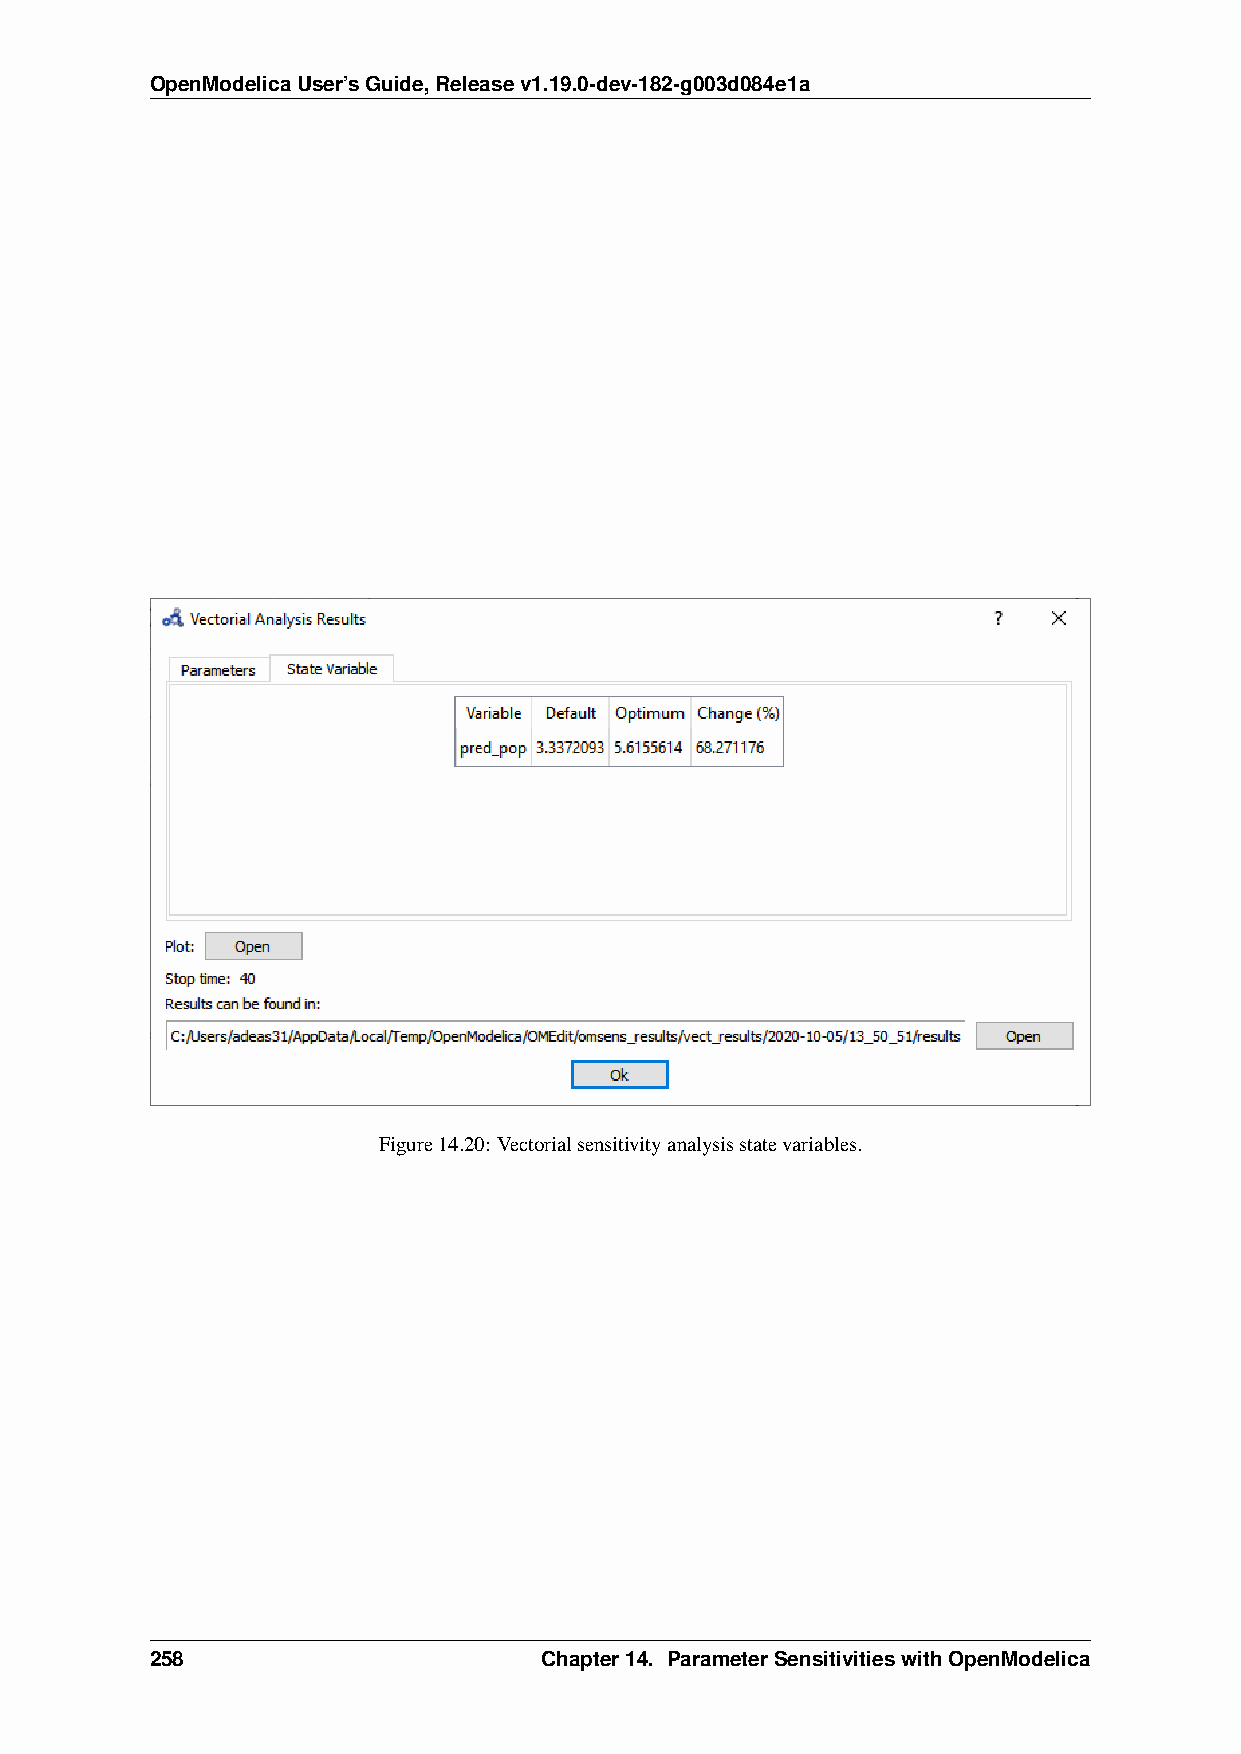
OpenModelicaUser’sGuide,Releasev1.19.0-dev-182-g003d084e1a
 Figure14.20: Vectorialsensitivityanalysisstatevariables.
 258                       Chapter14. ParameterSensitivitieswithOpenModelica